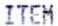
ITEM